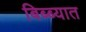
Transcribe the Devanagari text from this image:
बिब्ब्यात